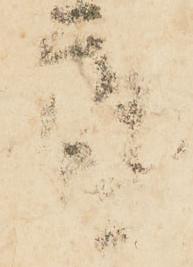
藝